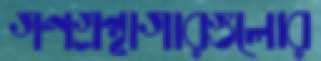
গণগ্রন্থাগারগুলোর